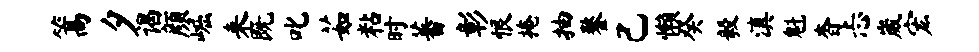
篙夕谒颜崛来既叱茹粘时蕃彰恨掩抽鏊己懒癸毅滇魁杳忐崴宏